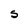
Character: S